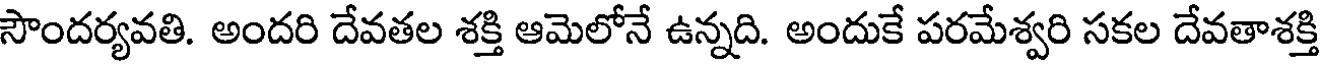
సౌందర్యవతి. అందరి దేవతల శక్తి ఆమెలోనే ఉన్నది. అందుకే పరమేశ్వరి సకల దేవతాశక్తి